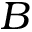
B